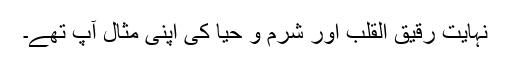
نہایت رقیق القلب اور شرم و حیا کی اپنی مثال آپ تھے۔